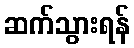
ဆက်သွားရန်